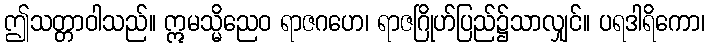
ဤသတ္တာဝါသည်။ ဣမသ္မိညေဝ ရာဇဂဟေ၊ ရာဇဂြိုဟ်ပြည်၌သာလျှင်။ ပရဒါရိကော၊